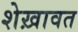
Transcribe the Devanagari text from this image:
शेख़ावत